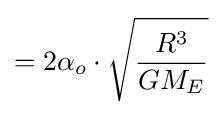
=2\alpha _{o}\cdot {\sqrt {\frac {R^{3}}{GM_{E}}}}